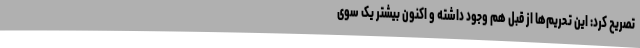
تصریح کرد: این تحریم‌ها از قبل هم وجود داشته و اکنون بیشتر یک سوی